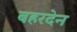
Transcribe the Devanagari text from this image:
बहरदेन